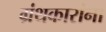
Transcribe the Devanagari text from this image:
ग्रंथकारांना